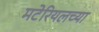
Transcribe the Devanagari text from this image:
मटेरियलच्या